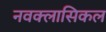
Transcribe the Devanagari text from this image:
नवक्लासिकल